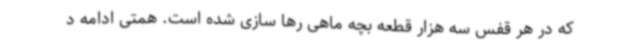
که در هر قفس سه هزار قطعه بچه ماهی رها سازی شده است. همتی ادامه د